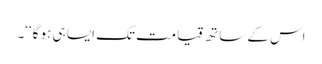
اس کے ساتھ قیامت تک ایسا ہی ہو گا‘‘۔